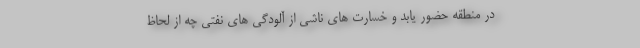
در منطقه حضور یابد و خسارت های ناشی از آلودگی های نفتی چه از لحاظ